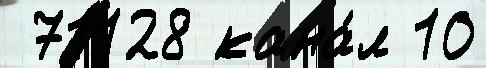
 71128 кана́л 10